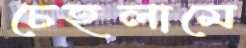
চেহলামে